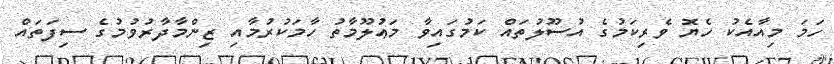
ހަމަ މިއާއެކު ހެޔޮ ވެރިކަމުގެ އުސޫލުތައް ކަމުގައިވާ މަޢުލޫމާތު ހާމަކުރުމާއި ޒިންމާދާރުވުމުގެ ސިފަތައް